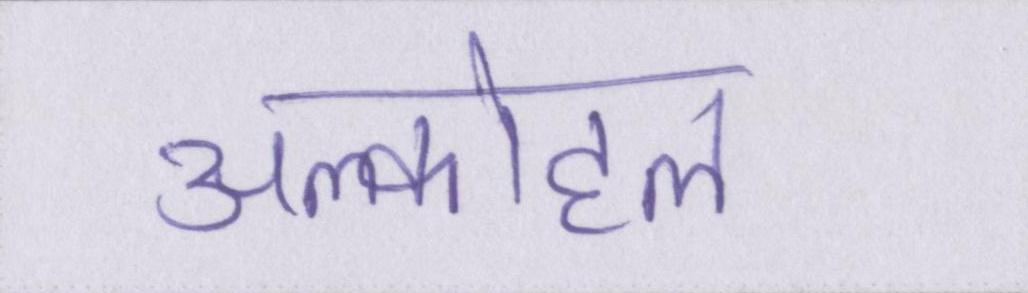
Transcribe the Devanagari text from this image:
अल्कोहल